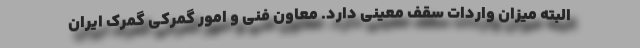
البته میزان واردات سقف معینی دارد. معاون فنی و امور گمرکی گمرک ایران